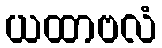
ယထာဗလံ